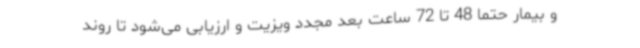
و بیمار حتماً 48 تا 72 ساعت بعد مجدد ویزیت و ارزیابی می‌شود تا روند